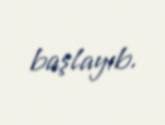
başlayıb.